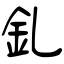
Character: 釓